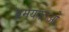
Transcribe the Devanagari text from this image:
प्रमेयकाओं